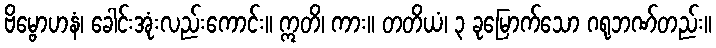
ဗိမ္ဗောဟနံ၊ ခေါင်းအုံးလည်းကောင်း။ ဣတိ၊ ကား။ တတိယံ၊ ၃ ခုမြောက်သော ဂရုဘဏ်တည်း။